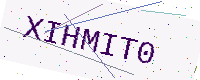
Text: XIHMIT0